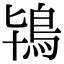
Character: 鴇